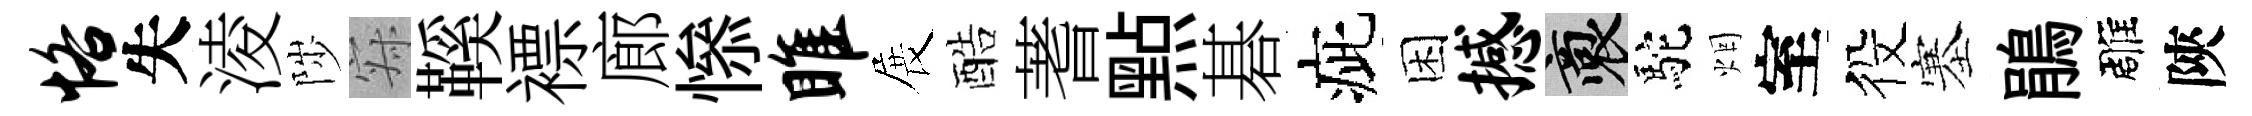
恪失淩陟寂鞵褾廊𢡖雎展酷蓍㸃碁疵困撼裔駝烟室役塞鵑雕陝